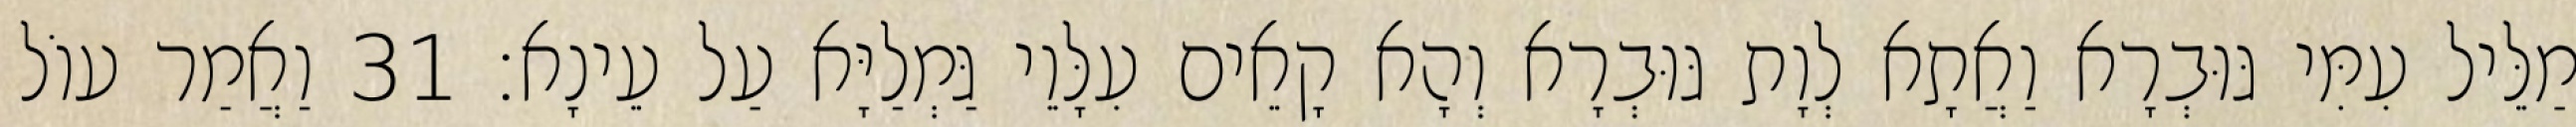
מַלֵּיל עִמִּי גּוּבְרָא וַאֲתָא לְוָת גּוּבְרָא וְהָא קָאֵים עִלָּוֵי גַּמְלַיָּא עַל עֵינָא׃ 31 וַאֲמַר עוֹל